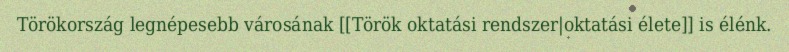
Törökország legnépesebb városának [[Török oktatási rendszer|oktatási élete]] is élénk.